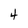
Character: 4